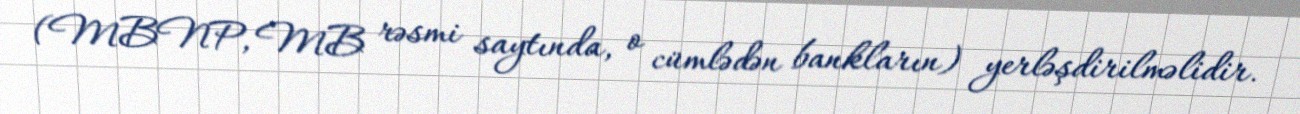
(MBNP, MB rəsmi saytında, o cümlədən bankların) yerləşdirilməlidir.